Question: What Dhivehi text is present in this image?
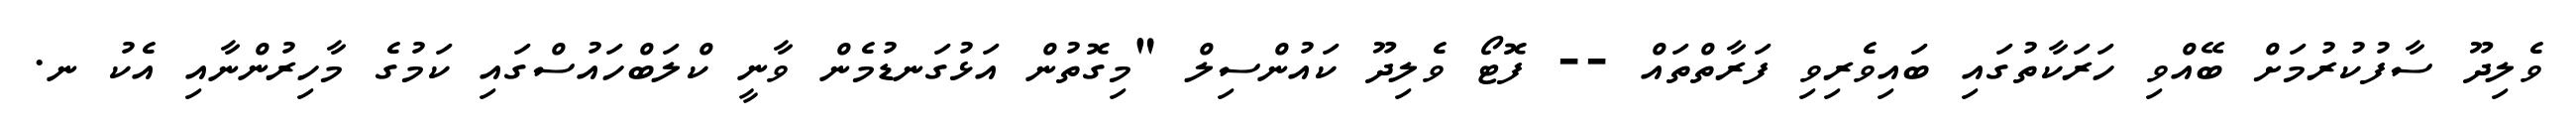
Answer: ވެލިދޫ ސާފުކުރުމަށް ބޭއްވި ހަރަކާތުގައި ބައިވެރިވި ފަރާތްތައް -- ފޮޓޯ ވެލިދޫ ކައުންސިލް "މިގޮތުން އަޅުގަނޑުމެން ވާނީ ކްލަބްހައުސްގައި ކަމުގެ މާހިރުންނާއި އެކު ނ.